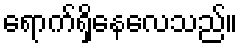
ရောက်ရှိနေလေသည်။